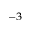
^ { - 3 }